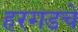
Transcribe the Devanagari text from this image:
हरगडचे